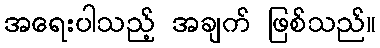
အရေးပါသည့် အချက် ဖြစ်သည်။